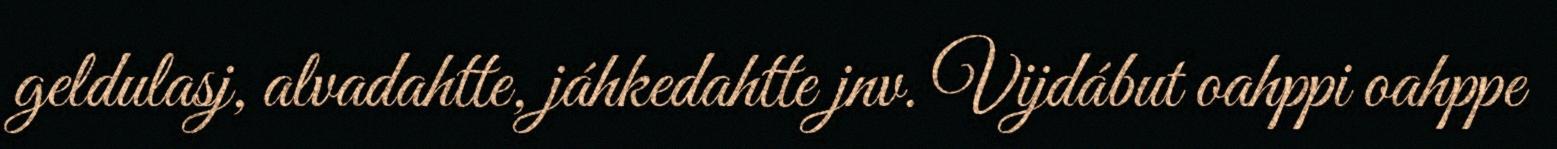
geldulasj, alvadahtte, jáhkedahtte jnv. Vijdábut oahppi oahppe